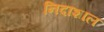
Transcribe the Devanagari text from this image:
निदाशाल